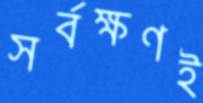
সর্বক্ষণই